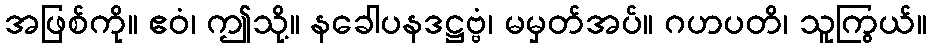
အဖြစ်ကို။ ဧဝံ၊ ဤသို့။ နခေါပနဒဋ္ဌဗ္ဗံ၊ မမှတ်အပ်။ ဂဟပတိ၊ သူကြွယ်။